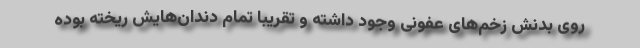
روی بدنش زخم‌های عفونی وجود داشته و تقریبا تمام دندان‌هایش ریخته بوده